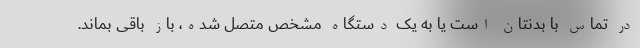
در تماس با بدنتان است یا به یک دستگاه مشخص متصل شده، باز باقی بماند.